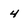
Character: 4